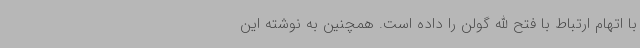
با اتهام ارتباط با فتح الله گولن را داده است. همچنین به نوشته این